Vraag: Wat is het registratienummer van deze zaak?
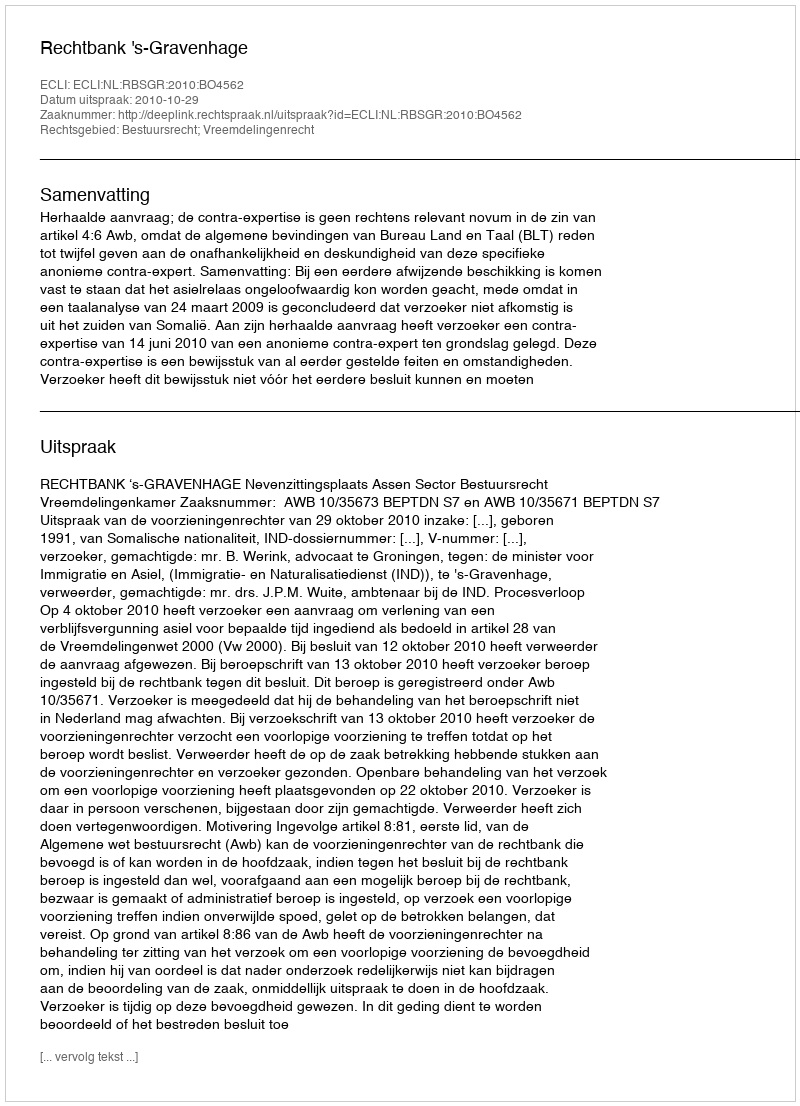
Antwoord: http://deeplink.rechtspraak.nl/uitspraak?id=ECLI:NL:RBSGR:2010:BO4562